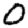
Digit: 0